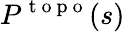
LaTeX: P^{\mathrm{~t~o~p~o~}}(s)